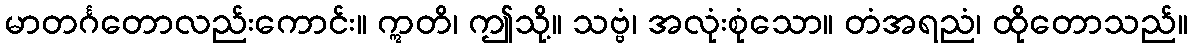
မာတင်္ဂတောလည်းကောင်း။ ဣတိ၊ ဤသို့။ သဗ္ဗံ၊ အလုံးစုံသော။ တံအရညံ၊ ထိုတောသည်။